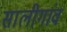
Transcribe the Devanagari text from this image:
सालीगांव